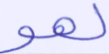
لهو